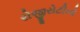
રોજીરોટીનો